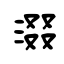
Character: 涰